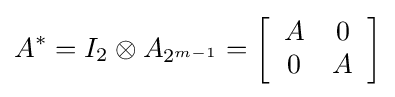
A^{*}=I_{2}\otimes A_{2^{m-1}}=\left[{\begin{array}{cc}A&0\\0&A\end{array}}\right]